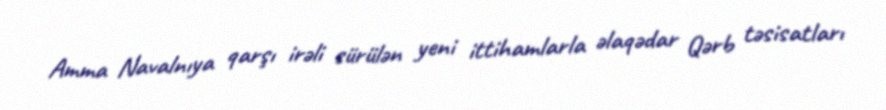
Amma Navalnıya qarşı irəli sürülən yeni ittihamlarla əlaqədar Qərb təsisatları